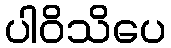
ပါဝိသိပေ